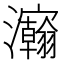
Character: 𰝴